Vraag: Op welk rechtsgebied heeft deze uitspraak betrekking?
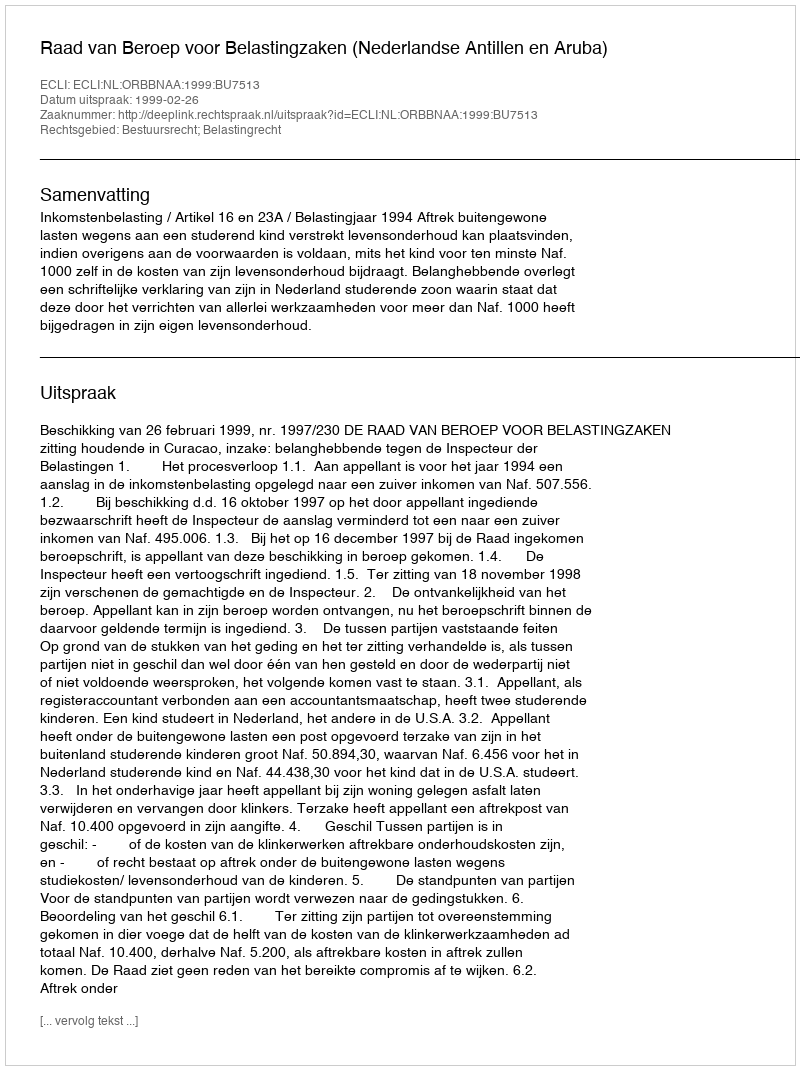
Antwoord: Bestuursrecht; Belastingrecht